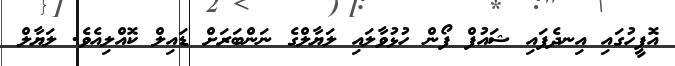
އޮފީހުގައި އިނދެފައި ޝައުފް ފޯން ހުޅުވާލައި ލަޔާލްގެ ނަންބަރަށް ޑައިލް ކޮއްލިއެވެ. ލަޔާލް